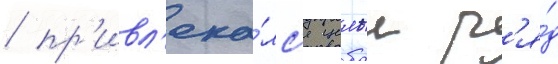
/ пр'ивл'ека́лс'я целыи р'я́д